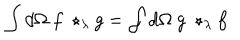
LaTeX: \int d \Omega \ f \ \star _ { \lambda } g = \int d \Omega \ g \ \star _ { \lambda } f